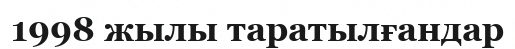
1998 жылы таратылғандар